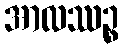
အာလဿဉ္စ